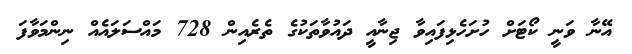
އޭނާ ވަނީ ކޯޓަށް ހުށަހެޅިފައިވާ ޖިނާއީ ދައުވާތަކުގެ ތެރެއިން 728 މައްސަލައެއް ނިންމަވާފަ